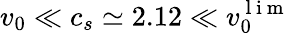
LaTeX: v_{0}\ll c_{s}\simeq 2.12\ll v_{0}^{\mathrm{~l~i~m~}}